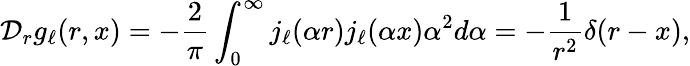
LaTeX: {\cal D}_{r}g_{\ell}(r,x)=-\frac{2}{\pi}\int_{0}^{\infty}j_{\ell}({\alpha}r)j_{\ell}({\alpha}x){\alpha}^{2}d{\alpha}=-\frac{1}{r^{2}}{\delta}(r-x),